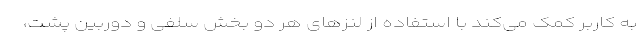
به کاربر کمک می‌کند با استفاده از لنزهای هر دو بخش سلفی و دوربین پشت،